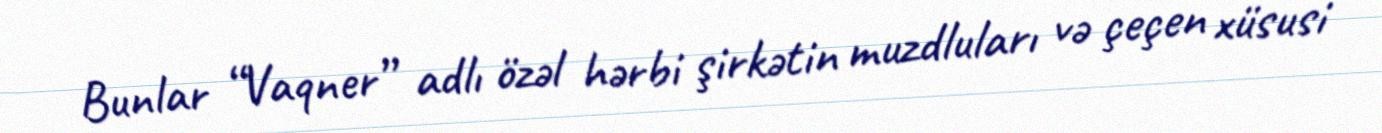
Bunlar “Vaqner” adlı özəl hərbi şirkətin muzdluları və çeçen xüsusi